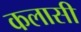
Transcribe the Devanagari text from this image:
कलासी